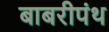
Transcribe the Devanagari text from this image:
बाबरीपंथ